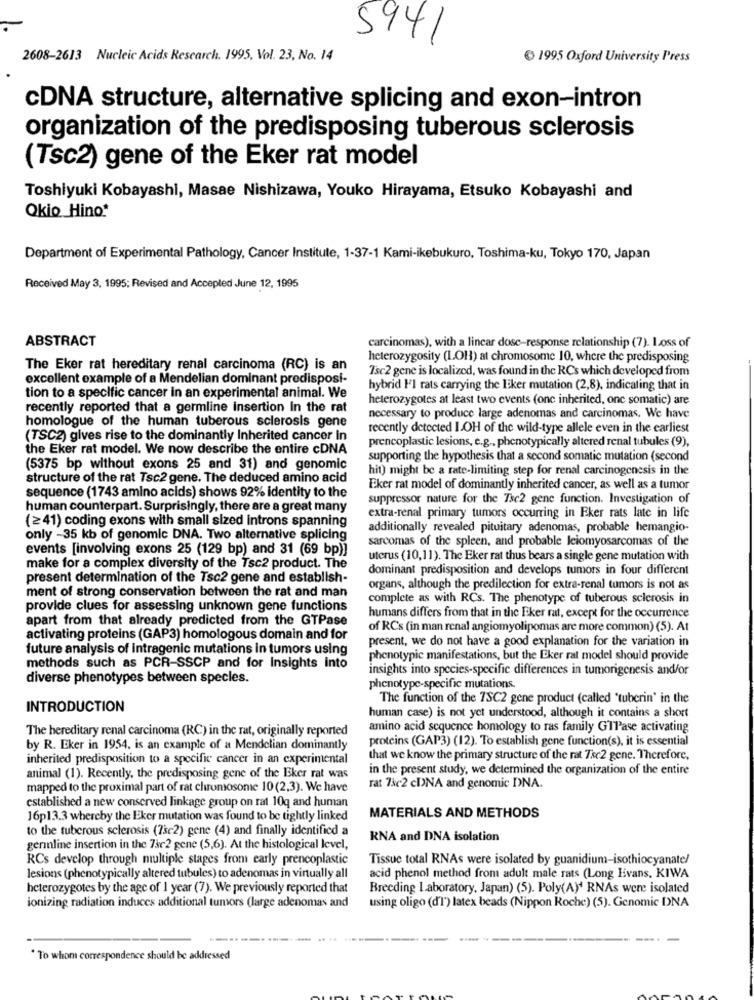
5941
2608-2613 Nucleic Acids Research. 1995, Vol. 23, No. 14
1995 Oxford University Press
CDNA structure, alternative splicing and exon-intron
organization of the predisposing tuberous sclerosis
(Tsc2) gene of the Eker rat model
Toshiyuki Kobayashi, Masae Nishizawa, Youko Hirayama, Etsuko Kobayashi and
Okio Hino*
Department of Experimental Pathology, Cancer Institute, 1-37-1 Kami-ikebukuro, Toshima-ku, Tokyo 170, Japan
Received May 3, 1995; Revised and Accepled June 12, 1995
ABSTRACT
carcinomas), with a linear dose-response relationship (7). Loss of
heterozygosity (LOH) at chromosome 10, where the predisposing
The Eker rat hereditary renal carcinoma (RC) is an
Tsc2 gene is localized, was found in the RCs which developed from
excellent example of a Mendelian dominant predisposi-
hybrid I'I rats carrying the Eker mutation (2,8), indicating that in
tion to a specific cancer in an experimental animal. We
heterozygotes at least two events (one inherited, one somatic) are
recently reported that a germline insertion In the rat
homologue of the human tuberous sclerosis gene
necessary to produce large adenomas and carcinomas. We have
recently detected IOH of the wild-type allele even in the earliest
(TSC2) gives rise to the dominantly Inherited cancer in
prencoplastic lesions, e.g ., phenotypically altered renal tubules (9),
the Eker rat model. We now describe the entire cDNA
supporting the hypothesis that a second somatic mutation (second
(5375 bp without exons 25 and 31) and genomic
hit) might be a rate-limiting step for renal carcinogenesis in the
structure of the rat Tsc2 gene. The deduced amino acid
Eker rat model of dominantly inherited cancer, as well as a tumor
sequence (1743 amino acids) shows 92% identity to the
suppressor nature for the Tse2 gene function. Investigation of
human counterpart. Surprisingly, there are a great many
extra-renal primary tumors occurring in Eker rats late in life
(241) coding exons with small sized introns spanning
additionally revealed pituitary adenomas, probable hemangio-
only -35 kb of genomic DNA. Two alternative splicing
sarcomas of the spleen, and probable leiomyosarcomas of the
events [involving exons 25 (129 bp) and 31 (69 bp)]
uterus (10,11). The Eker rat thus bears a single gene mutation with
make for a complex diversity of the Tsc2 product. The
dominant predisposition and develops tumors in four different
present determination of the Tsc2 gene and establish-
ment of strong conservation between the rat and man
organs, although the predilection for extra-renal tumors is not as
complete as with RCs. The phenotype of tuberous sclerosis in
provide clues for assessing unknown gene functions
apart from that already predicted from the GTPase
humans differs from that in the Eker rat, except for the occurrence
of RCs (in man renal angiomyolipomas are more common) (5). At
activating proteins (GAP3) homologous domain and for
present, we do not have a good explanation for the variation in
future analysis of intragenic mutations in tumors using
phenotypic manifestations, but the Eker rat model should provide
methods such as PCR-SSCP and for Insights into
insights into species-specific differences in tumorigenesis and/or
diverse phenotypes between specles.
phenotype-specific mutations.
The function of the 7SC2 gene product (called "tuberin' in the
INTRODUCTION
human case) is not yet understood, although it contains a short
The hereditary renal carcinoma (RC) in the rat, originally reported
amino acid sequence homology to ras family GTPase activating
proteins (GAP3) (12). To establish gene function(s), it is essential
by R. Eker in 1954, is an example of a Mendelian dominantly
inherited predisposition to a specific cancer in an experimental
that we know the primary structure of the rat Tec2 gene. Therefore,
in the present study, we determined the organization of the entire
animal (1). Recently, the predisposing gene of the Eker rat was
mapped to the proximal part of rat chromosome 10(2,3). We have
rat 73c2 cDNA and genomic DNA.
established a new conserved linkage group on rat 10q and human
16p13.3 whereby the Eker mutation was found to be tightly linked
MATERIALS AND METHODS
to the tuberous sclerosis (75c2) gene (4) and finally identified a
RNA and DNA isolation
gennline insertion in the 732 gene (5,6). At the histological level,
RCs develop through multiple stages from early prencoplastic
Tissue total RNAs were isolated by guanidium-isothiocyanate/
lesions (phenotypically altered tubules) to adenomas in virtually all
acid phenol method from adult male rats (Long Evans, KIWA
heterozygotes by the age of 1 year (7). We previously reported that
Breeding Laboratory, Japan) (5). Poly(A)' RNAs were isolated
using oligo (d'1') latex beads (Nippon Roche) (5). Genomic DNA
ionizing radiation induces additional tumors (large adenomas and
-----
To whom correspondence should be addressed